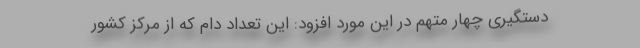
دستگیری چهار متهم در این مورد افزود: این تعداد دام که از مرکز کشور